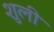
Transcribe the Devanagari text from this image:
शुली